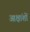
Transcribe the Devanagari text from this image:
आक्षांशों